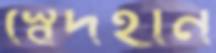
স্বেদহীন